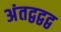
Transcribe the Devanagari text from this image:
अंतद्वद्वद्व